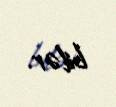
bilər.